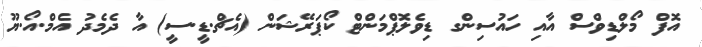
އޮފް މޯލްޑިވްސް އާއި ހައުސިންގ ޑިވެލޮޕްމަންޓް ކޯޕަރޭޝަން (އެޗް.ޑީ.ސީ) އާ ދެމެދު އެމް.އޯ.ޔޫ